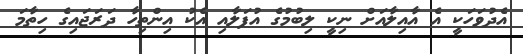
އެދުވަހަކީ އެ އާއިލާއަށް ނިކީ ލިބުމުގެ އުފަލާއި އެކު އިންތިހާ ދަރަޖައިގެ ހިތާމަ